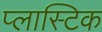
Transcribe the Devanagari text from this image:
प्‍लास्‍टिक